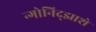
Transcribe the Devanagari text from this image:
न्गोनिद्झाशे